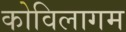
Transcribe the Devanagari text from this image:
कोविलागम